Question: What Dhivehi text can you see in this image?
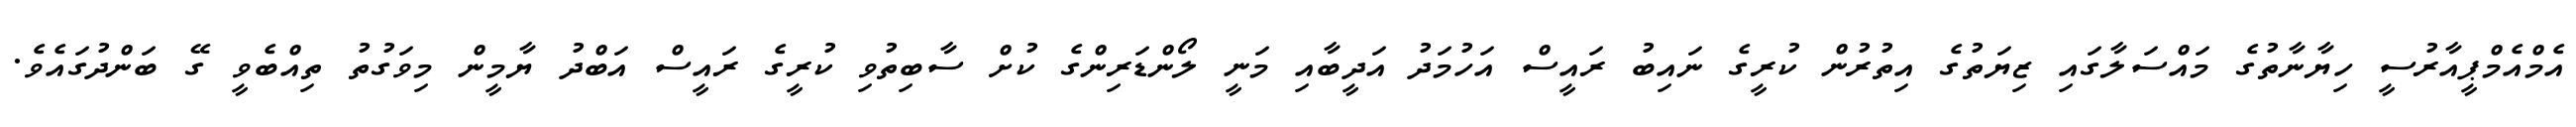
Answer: އެމްއެމްޕީއާރުސީ ހިޔާނާތުގެ މައްސަލާގައި ޒިޔަތުގެ އިތުރުން ކުރީގެ ނައިބު ރައީސް އަހުމަދު އަދީބާއި މަނީ ލޯންޑަރިންގެ ކުށް ސާބިތުވި ކުރީގެ ރައީސް އަބްދު ޔާމީން މިވަގުތު ތިއްބެވީ ގޭ ބަންދުގައެވެ.